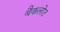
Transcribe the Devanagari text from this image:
बैकलोट